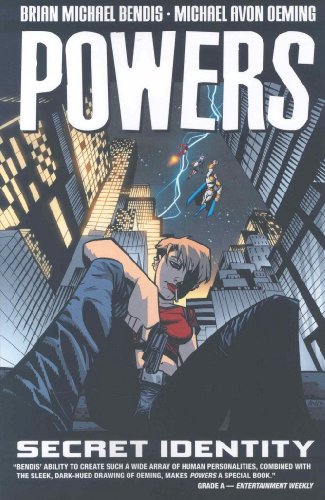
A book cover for Powers, Vol. 11: Secret Identity (v. 11); Brian Michael Bendis; Humor & Entertainment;